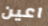
اعين